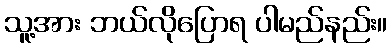
သူ့အား ဘယ်လိုပြောရ ပါမည်နည်း။